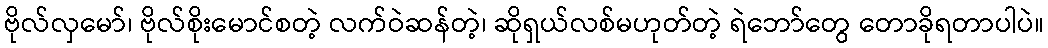
ဗိုလ်လှမော်၊ ဗိုလ်စိုးမောင်စတဲ့ လက်ဝဲဆန်တဲ့၊ ဆိုရှယ်လစ်မဟုတ်တဲ့ ရဲဘော်တွေ တောခိုရတာပါပဲ။